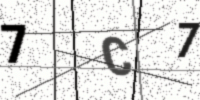
Text: 7C7